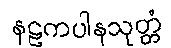
နဠကပါနသုတ္တံ